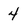
Character: 4